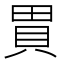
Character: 𧵗